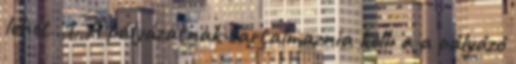
lehet. 1. A pályázatnak tartalmaznia kell: a a pályázó